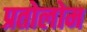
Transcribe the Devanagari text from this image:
प्रतोलोम